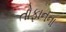
તોફાનના